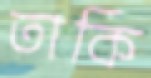
তাকি